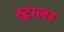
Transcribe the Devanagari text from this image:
स्ट्रालर